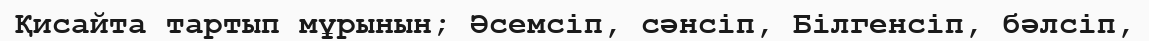
Қисайта тартып мұрынын; Әсемсіп, сәнсіп, Білгенсіп, бәлсіп,